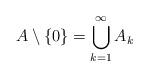
LaTeX: \begin{align*}A \setminus \{ 0\} = \bigcup_{k= 1}^{\infty} A_k\end{align*}